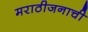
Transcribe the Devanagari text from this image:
मराठीजनाची